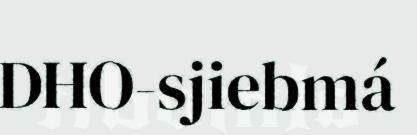
DHO-sjiebmá